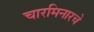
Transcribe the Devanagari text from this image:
चारमिनारचे